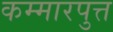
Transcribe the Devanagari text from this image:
कम्मारपुत्त